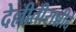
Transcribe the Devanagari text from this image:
देल्लीतीरान्नीदे